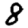
Digit: 8